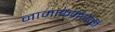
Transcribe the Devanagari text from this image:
नामांकनांपैकी